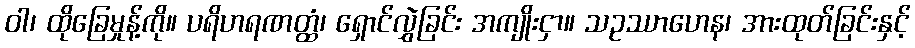
ဝါ၊ ထိုခြေမှုန့်ကို။ ပရိဟရဏတ္ထံ၊ ရှောင်လွှဲခြင်း အကျိုးငှာ။ သဥဿာဟေန၊ အားထုတ်ခြင်းနှင့်